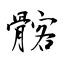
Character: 髂